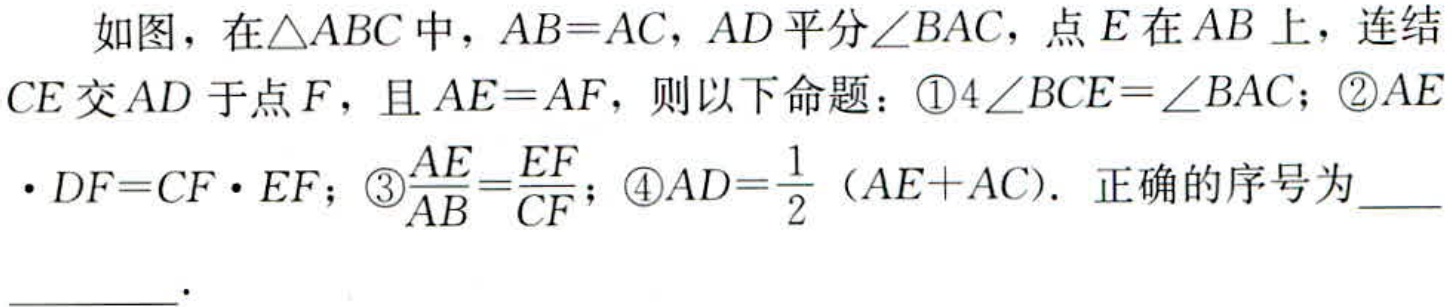
如图，在\(\triangle ABC\)中，\(AB = AC\)，\(AD\)平分\(\angle BAC\)，点\(E\)在\(AB\)上，连结\(CE\)交\(AD\)于点\(F\)，且\(AE = AF\)，则以下命题：\textcircled{1}\(4\angle BCE=\angle BAC\)；\textcircled{2}\(AE\cdot DF = CF\cdot EF\)；\textcircled{3}\(\dfrac{AE}{AB}=\dfrac{EF}{CF}\)；\textcircled{4}\(AD=\dfrac{1}{2}(AE + AC)\). 正确的序号为  .